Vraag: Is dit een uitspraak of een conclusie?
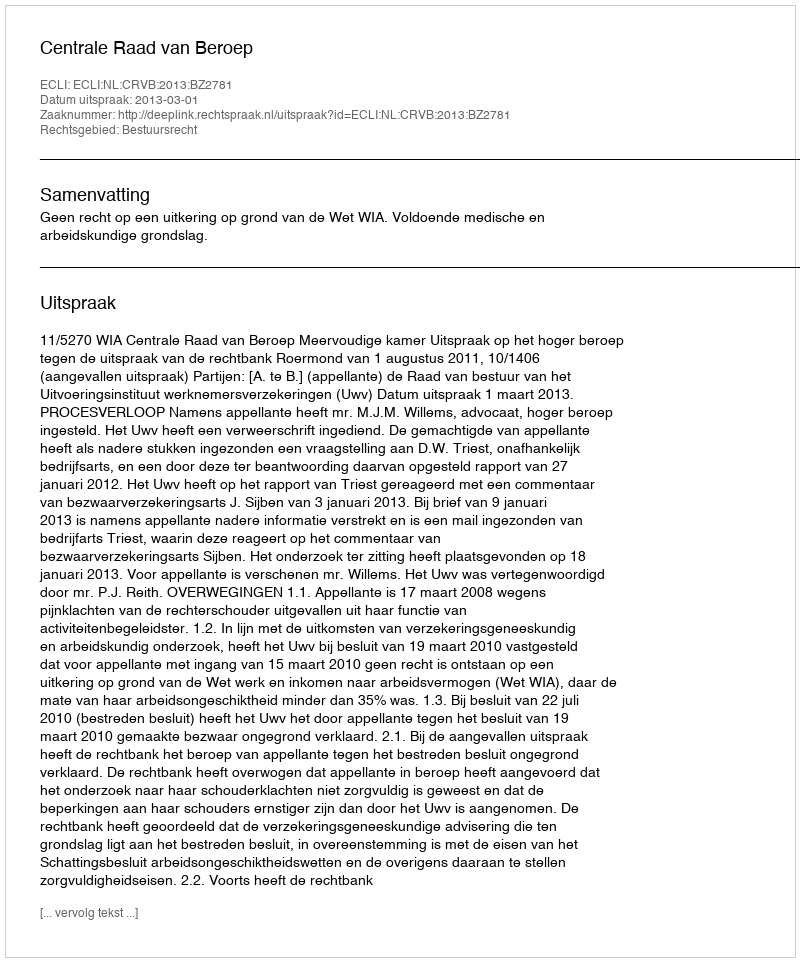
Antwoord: Uitspraak